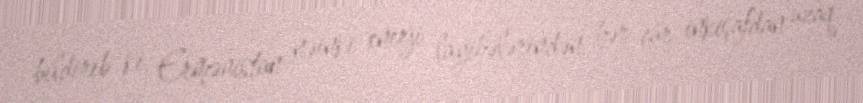
bildirib ki, Ermənistan nəinki enerji layihələrindən, hər cür inkişafdan uzaq